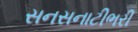
સનસનાટીભરી